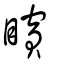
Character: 矉